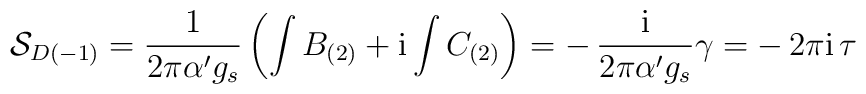
{\cal S}_{D(-1)} =  \frac{1}{2 \pi \alpha' g_s} \left(\int B_{(2)} +{\rm i} \int C_{(2)} \right) = - \, \frac{{\rm i}}{2 \pi \alpha' g_s}\gamma = - \, 2 \pi {\rm i} \, \tau